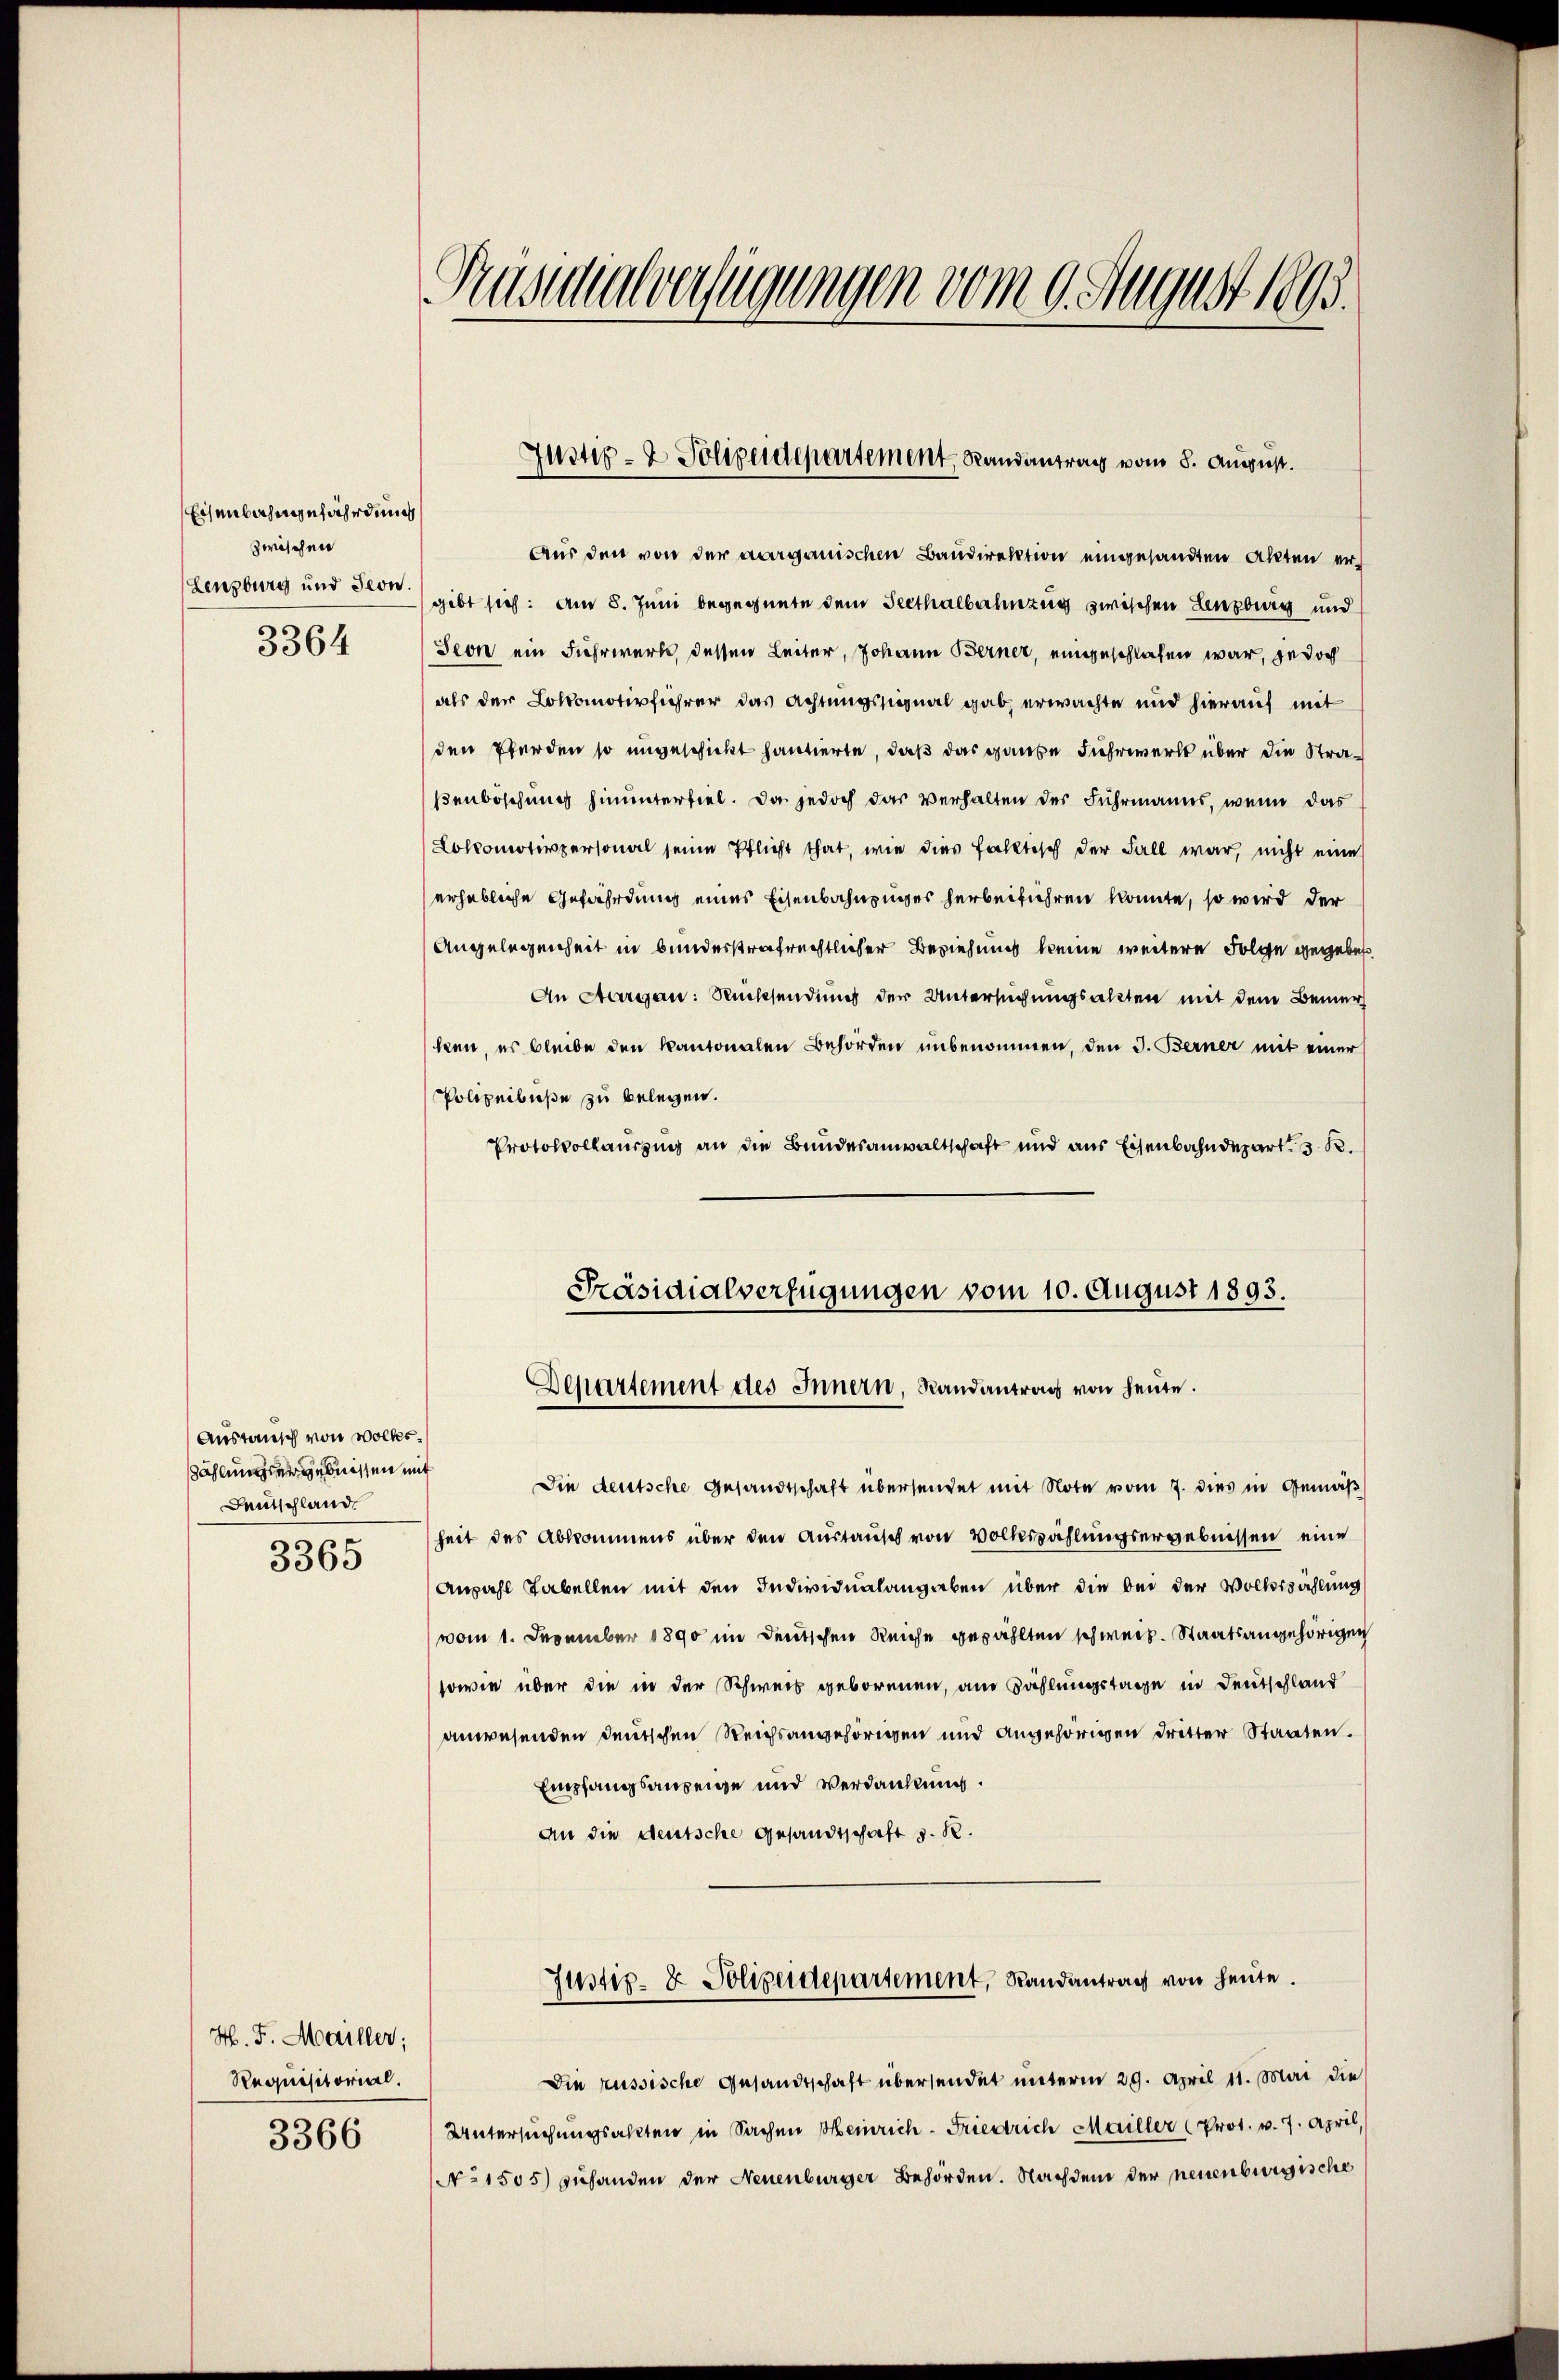
Eisenbahngefährdung
zwischen
Lenzburg und Jeon.
3364

Austausch von Wolkes.
sählungsergebnissen mit
Deutschland,
3365

H. F. Mailler;
Requisitorial.
3366

Prusuialverfügungen vom 9. August 1895.

Justiz- & Polizeidepartement, Randantrag vom 8. August.

Aus den von der aargauischen Baudirektion eingesandten Akten ergibt sich: Am 8. Juni begegnete dem Seethalbahnzug zwischen Lenzburg und
Seon ein Fuhrwerks dessen Leiter, Johann Berner, eingeschloßen war, jedoch
als der Lokomotivführer das Achtungssignal gab, erwachte und hierauf mit
den Pferden so ungeschickt hantierte, daß das ganze Fuhrwerk über die Straßenböschung hinunterfiel. Da jedoch das Verhalten der Fuhrmanns, wenn das
Lokomotivpersonal seine Pflicht that, wie dies faktisch der Fall war, nicht eine
erhebliche Gefährdung eines Eisenbahnzuges herbeiführen konnte, so wird der
Angelegenheit in bunderstrafrechtlicher Beziehung keine weitere Folge gegebet
An Aargau: Rücksendung der Untersuchungsakten mit dem Bemerken, es bleibe den kantonalen Behörden unbenommen, den 3. Berner mit einer
Polizeibuße zu belegen.
Protokollauszung an die Bundesanwaltschaft und aus Eisenbahndepart. 3 R.

Präsidialverfügungen vom 10. August 1893.
Departement des Innern, Randantrag von heute.

Die deutsche Gesandtschaft übersendet mit Note vom 7. dies in Gemäß
heit des Abkommens über den Austausch von Volkszählungsergebnissen eine
Anzahl Tabellen mit den Individualangaben über die bei der Volkszahlung
(vom 1. Dezember 1890 im Deutschen Reiche gezählten schweiz. Staatsangehörigen
sowie über die in der Schweis geborenen, am Zahlungstage in Deutschland
anwesenden deutschen Reichsangehörigen und angehörigen dritter Staaten.
Empfangsanzeige und Verdankung.
An die deutsche Gesandtschaft z. R.

Justiz- & Polizeidepartement, Randantrag von heute.

Die russische Gesandtschaft übersendet unterm 29. April 11. Mai die
Untersuchungsakten in Sachen Meinrich-Friedrich Mailler (Prot. v. 7. April,
No 1505) zuhanden der Neuenburger Behörden. Nachdem der neuenburgische